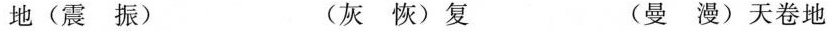
地(震振) (灰恢)复 (曼漫)天卷地